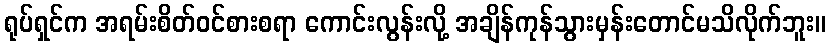
ရုပ်ရှင်က အရမ်းစိတ်ဝင်စားစရာ ကောင်းလွန်းလို့ အချိန်ကုန်သွားမှန်းတောင်မသိလိုက်ဘူး။